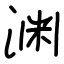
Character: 渊